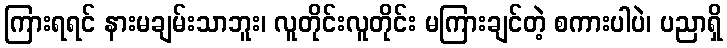
ကြားရရင် နားမချမ်းသာဘူး၊ လူတိုင်းလူတိုင်း မကြားချင်တဲ့ စကားပါပဲ၊ ပညာရှိ